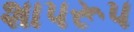
શાપરૂપ